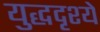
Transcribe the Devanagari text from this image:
युद्धदृश्ये